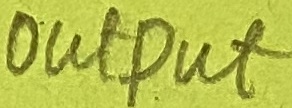
Text: OUTPUT